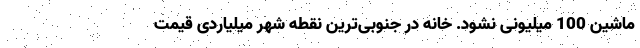
ماشین 100 میلیونی نشود. خانه در جنوبی‌ترین نقطه شهر میلیاردی قیمت